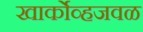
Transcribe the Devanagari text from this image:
खार्कोव्हजवळ